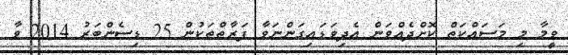
ވީމާ މި މަސައްކަތް ކޮށްދެއްވަން އެދިވަޑައިގަންނަވާ ފަރާތްތަކުން 25 ޑިސެންބަރު 2014 ވާ